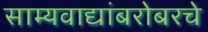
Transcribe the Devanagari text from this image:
साम्यवाद्यांबरोबरचे